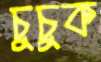
চুচুক